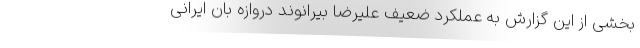
بخشی از این گزارش به عملکرد ضعیف علیرضا بیرانوند دروازه بان ایرانی